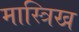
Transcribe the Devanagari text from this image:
मास्त्रिख